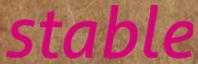
stable